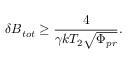
\delta B _ { t o t } \geq \frac { 4 } { \gamma k T _ { 2 } \sqrt { \Phi _ { p r } } } .